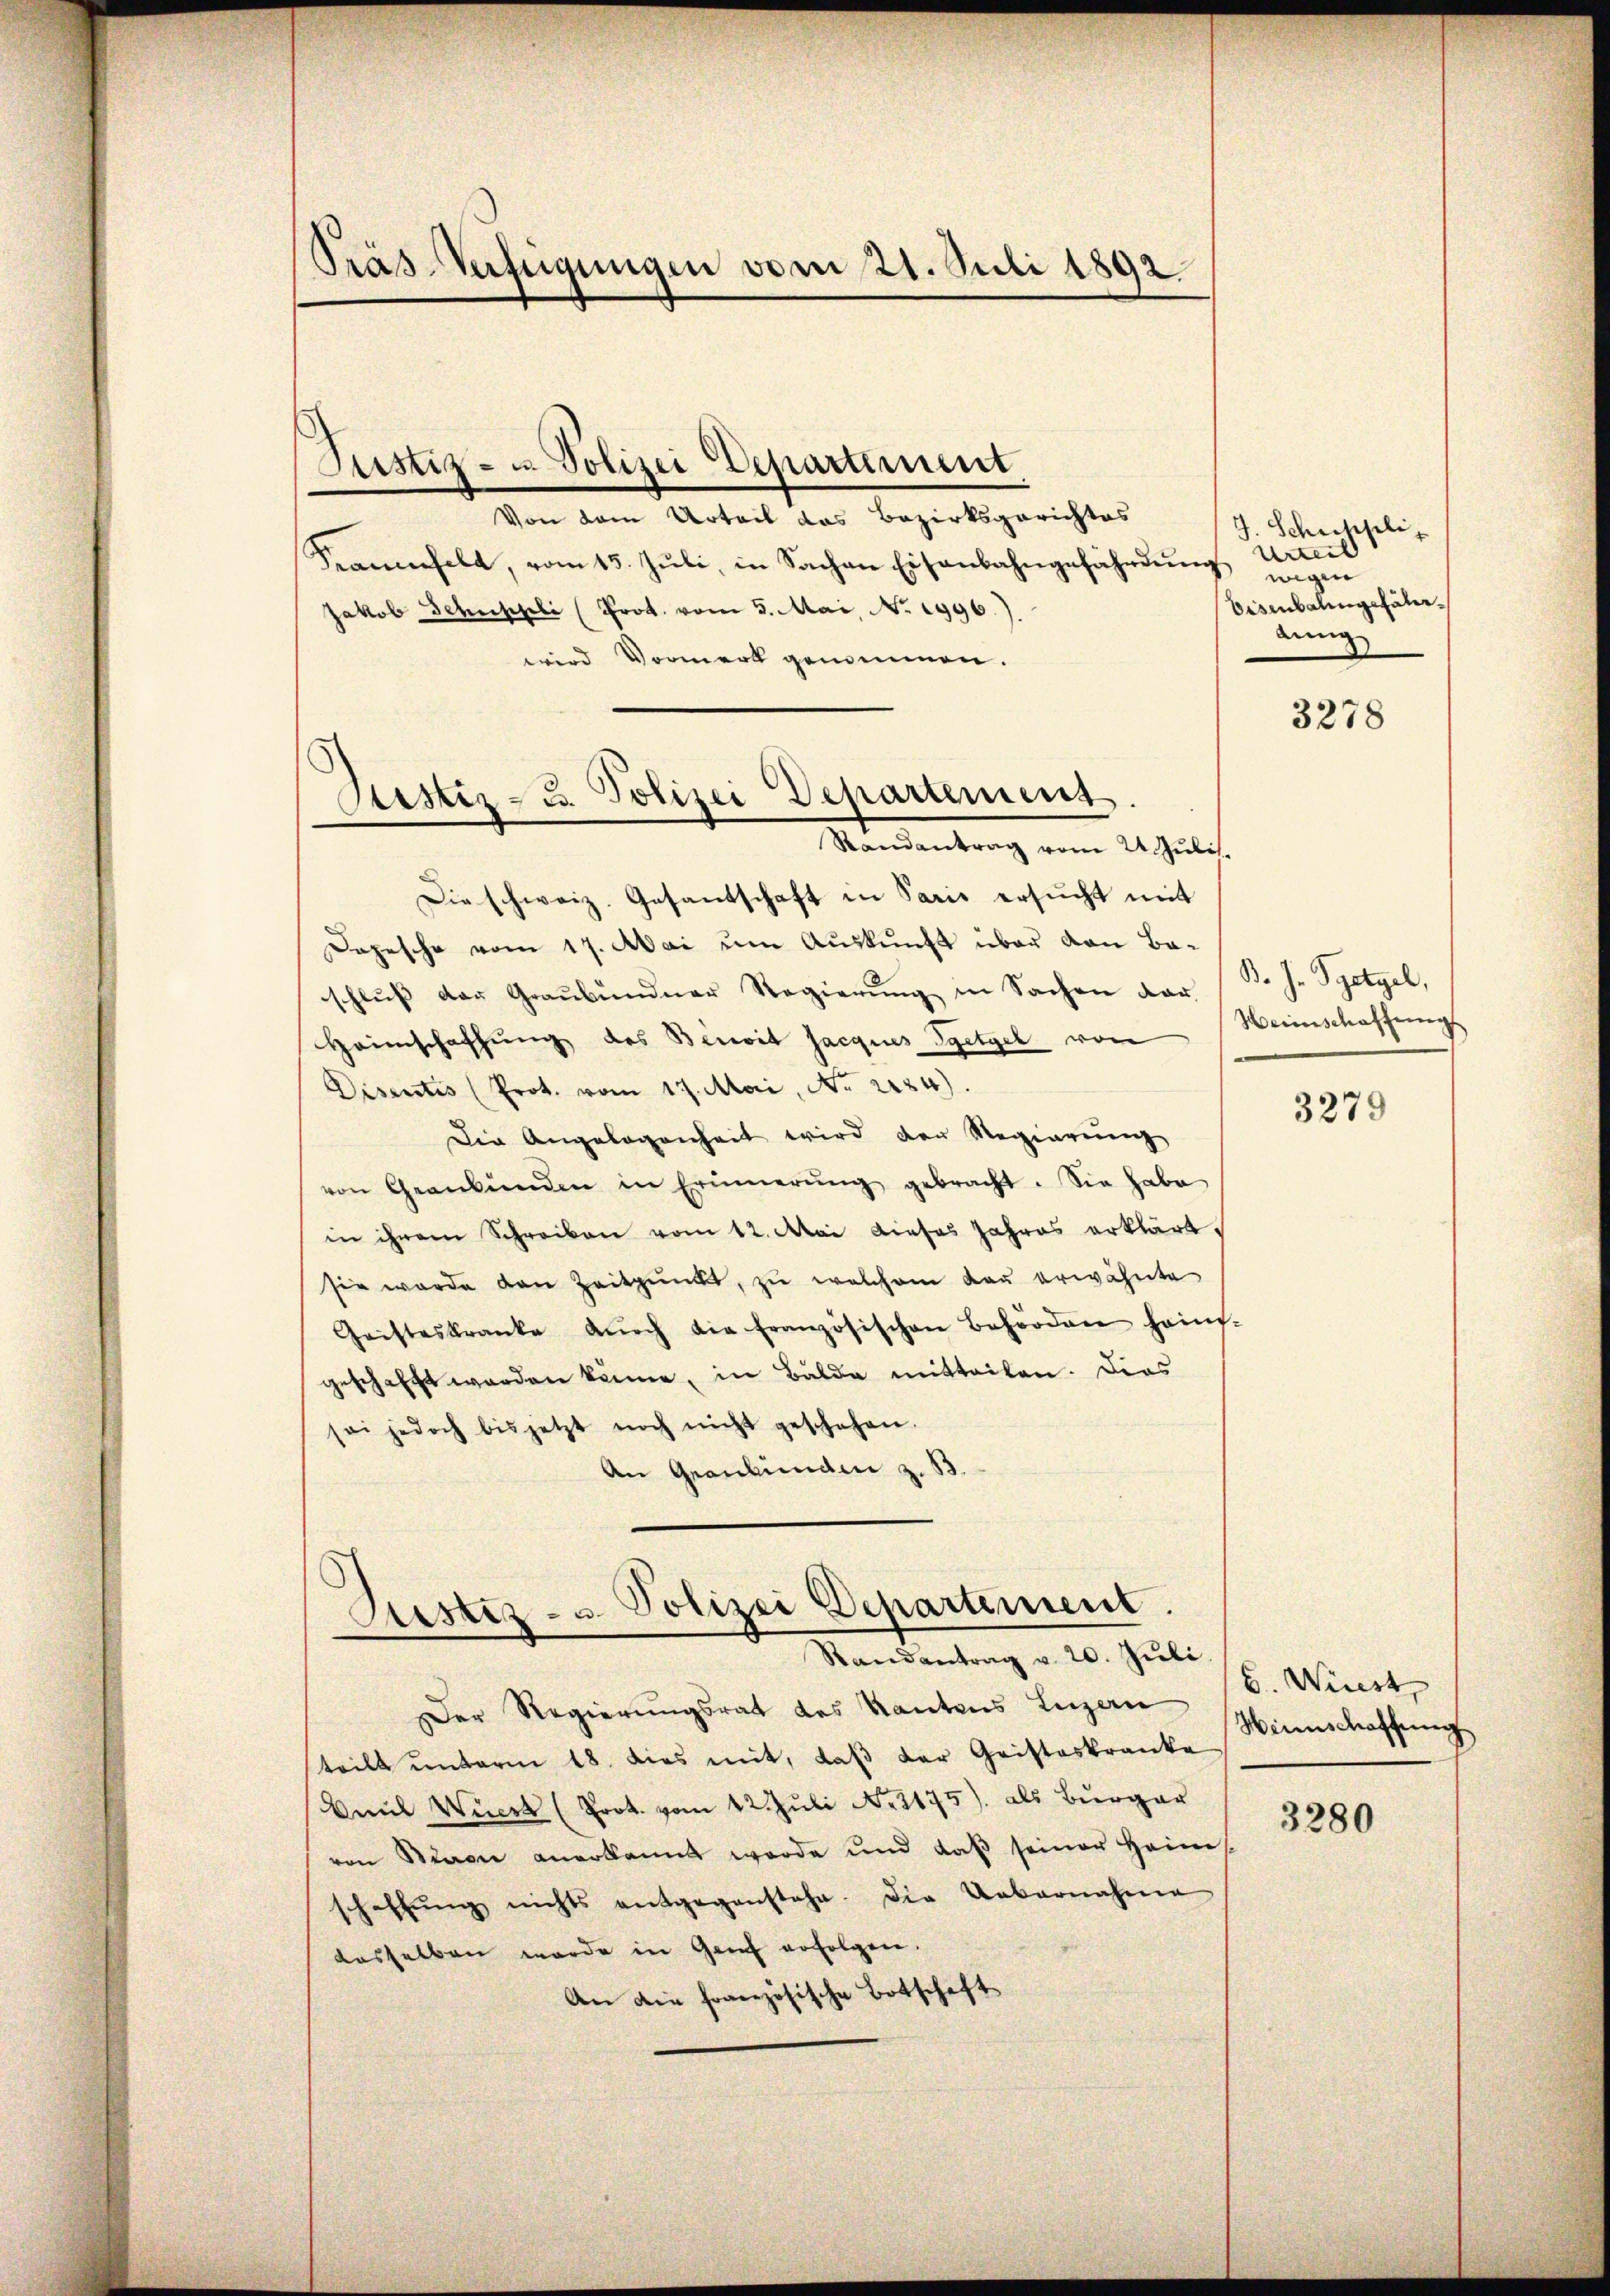
Präs-Verfügungen vom 21. Juli 1892

Justiz- u. Polizei Departement,

Justiz- u. Polizei Departement
Mandentrag vom 2. Juli.

Von dem Urteil das Bezirksgerichtes
Kanchelt, vom 15. Jŭli, in Sachen Eisenbahngefährdung Urteil
Jakob Schuschli (Prot. vom 5. Mai, No. 1996.)
wird Vormerk genommen.
Die schweiz. Gesantschaft in Paris ersucht mit
Dopesche vom 17. Mai um Auskunft über von Baschluß der Graubündner Regierung in Sachen dar
Heimschaffŭng des Bereit Jacques Setzel von Weinschaffungs
Disentis (Prot. vom 17. Mai, No. 2124).
Die Angelegenheit wird der Regierung
von Graubünden in Erinnerŭng gebracht. Sie habe
in ihrem Schreiben vom 12. Mai dieses Jahres erklärt.
sie wurde den Zeitpunkt, zu welchem Bau erwähnte
Geisteskranke dŭrch die Französischen Behörden hainf-
geschafft worden könne, in Bälde mitteilen. Dies
sei jedoch bis jetzt noch nicht geschehen.
An Graubünden z. B.

Justiz- u. Polizei Departement.
e
Randantrag v. 20. Juli.

Der Regierungsrat des Kantons Luzern
teilt ŭnterm 18. dies mit, daβ der Geisteskranke Winschaffŭng
Emil Wucht (Prot. vom 12. Juli No 2175), als Bürger
von Mann anerkannt werde und daß seiner Heim
schaffŭng nichts entgegenstehe. Die Uebernahme
dasselben werde in Genf erfolgen.
An die französische Botschaft

J. Schuppliwigen
Eisenbalingehätereing

3278

B. J. Spetzel,

3279

6. Wiest

3280